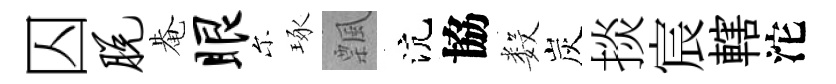
囚脱𤲅眼尓琢飄沆協数炭掞宸轄沱